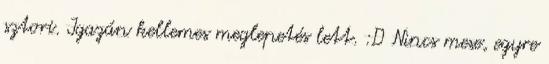
sztori. Igazán kellemes meglepetés lett. :D Nincs mese, egyre